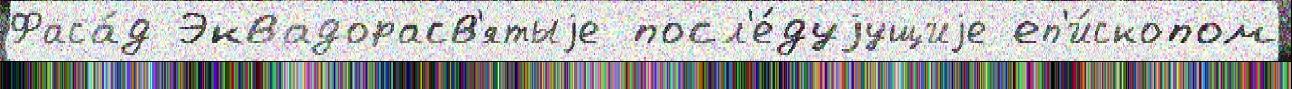
Фаса́д Эквадорасв'ятыjе посл'е́дуjущиjе еп'и́скопом